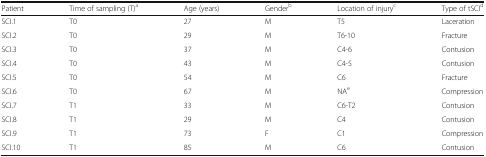
| Patient | Time of sampling (T)a | Age (years) | Genderb | Location of injuryc | Type of tSCId |
 | --- | --- | --- | --- | --- | --- |
 | SCI.1 | T0 | 27 | M | T5 | Laceration |
 | SCI.2 | T0 | 29 | M | T6-10 | Fracture |
 | SCI.3 | T0 | 37 | M | C4-6 | Contusion |
 | SCI.4 | T0 | 43 | M | C4-5 | Contusion |
 | SCI.5 | T0 | 54 | M | C6 | Fracture |
 | SCI.6 | T0 | 67 | M | NAe | Compression |
 | SCI.7 | T1 | 33 | M | C6-T2 | Contusion |
 | SCI.8 | T1 | 29 | M | C4 | Contusion |
 | SCI.9 | T1 | 73 | F | C1 | Compression |
 | SCI.10 | T1 | 85 | M | C6 | Contusion |